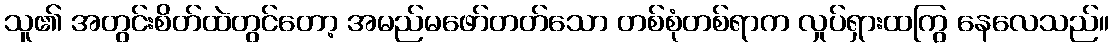
သူ၏ အတွင်းစိတ်ထဲတွင်တော့ အမည်မဖော်တတ်သော တစ်စုံတစ်ရာက လှုပ်ရှားထကြွ နေလေသည်။